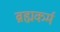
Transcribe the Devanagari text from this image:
ब्रह्मकर्म